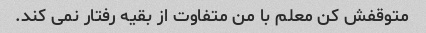
متوقفش کن معلم با من متفاوت از بقیه رفتار نمی کند.